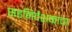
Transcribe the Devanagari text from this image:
सहनिर्देशकांचा